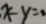
x - y = 0